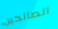
الصالحين